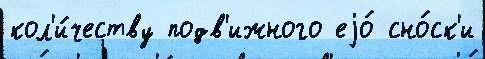
кол'и́честву подв'ижного еjо́ сно́ск'и